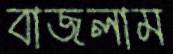
বাজলাম